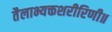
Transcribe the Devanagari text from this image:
तैलाभ्यक्तशरीरिणी॥